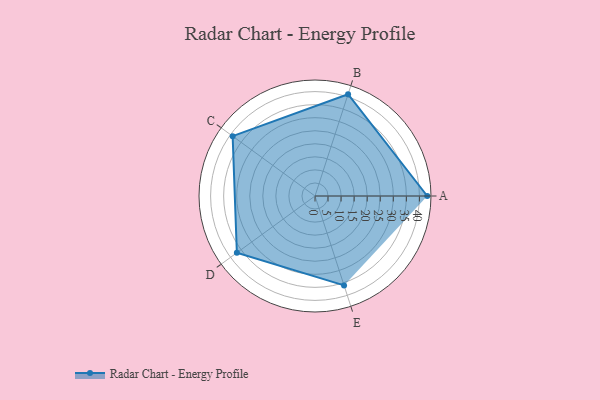
{"axis": {"x": "Skill", "y": "Score"}, "legend": ["Profile"], "data": [{"x": "A", "y": 43.0, "type": "Profile"}, {"x": "B", "y": 41.0, "type": "Profile"}, {"x": "C", "y": 39.0, "type": "Profile"}, {"x": "D", "y": 37.0, "type": "Profile"}, {"x": "E", "y": 36.0, "type": "Profile"}]}